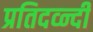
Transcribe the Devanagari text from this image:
प्रतिदव्न्दी